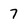
Character: 7